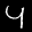
Label: 4